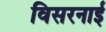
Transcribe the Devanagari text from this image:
विसरनाई